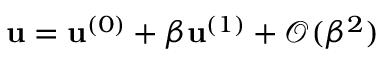
\mathbf { u } = \mathbf { u } ^ { ( 0 ) } + \beta \mathbf { u } ^ { ( 1 ) } + \mathcal { O } ( \beta ^ { 2 } )